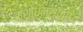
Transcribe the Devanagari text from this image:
संशोधनस्पर्धा